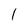
Character: I